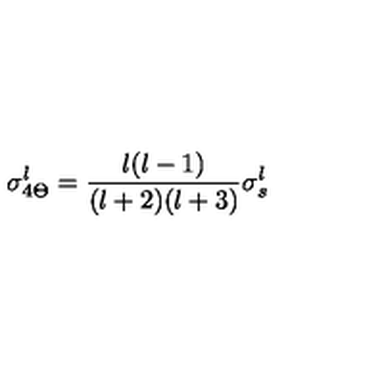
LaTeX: \sigma _ { 4 \Theta } ^ { l } = { \frac { l ( l - 1 ) } { ( l + 2 ) ( l + 3 ) } } \sigma _ { s } ^ { l }